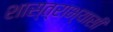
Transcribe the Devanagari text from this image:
शास्त्राभ्यासी